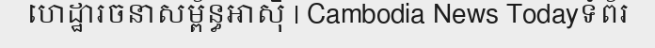
ហេដ្ឋារចនាសម្ព័ន្ធអាស៊ី | Cambodia News Todayទំព័រ